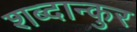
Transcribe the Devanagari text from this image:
शब्दान्कुर